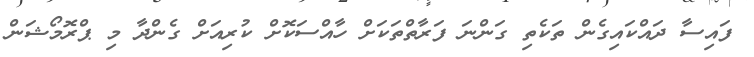
ފައިސާ ދައްކައިގެން ތަކެތި ގަންނަ ފަރާތްތަކަށް ހާއްސަކޮށް ކުރިއަށް ގެންދާ މި ޕްރޮމޯޝަން